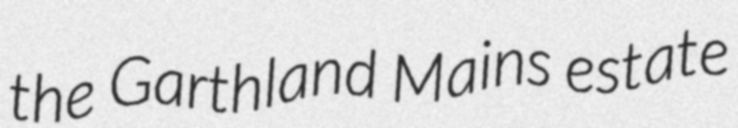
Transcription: the Garthland Mains estate